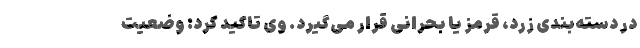
در دسته‌بندی زرد، قرمز یا بحرانی قرار می‌گیرد. وی تاکید کرد: وضعیت